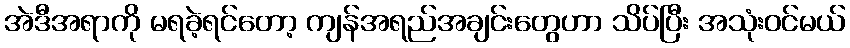
အဲဒီအရာကို မရခဲ့ရင်တော့ ကျန်အရည်အချင်းတွေဟာ သိပ်ပြီး အသုံးဝင်မယ်